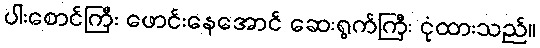
ပါးစောင်ကြီး ဖောင်းနေအောင် ဆေးရွက်ကြီး ငုံထားသည်။